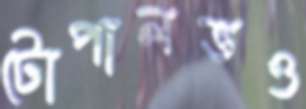
টোপালভও